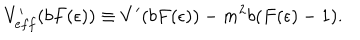
V _ { e f f } ^ { \prime } ( b F ( \epsilon ) ) \equiv V ^ { \prime } ( b F ( \epsilon ) ) - m ^ { 2 } b ( F ( \epsilon ) - 1 ) .